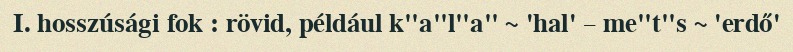
I. hosszúsági fok : rövid, például k"a"l"a" ~ 'hal' – me"t"s ~ 'erdő'